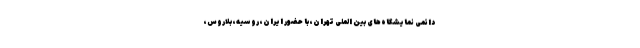
دائمی نمایشگاه‌های بین الملی تهران، با حضور ایران، روسیه، بلاروس،